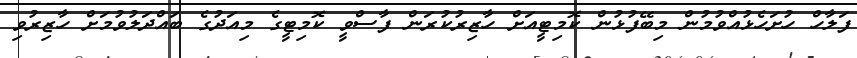
ފަލާހް ހުށަހެޅުއްވުމުން މިބޭފުޅުން ކޮމިޓީއަށް ހާޒިރުކުރަން ފާސްވީ ކޮމިޓީގެ މިއަދުގެ ބައްދަލުވުމަށް ހާޒިރުވި